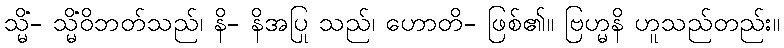
သ္မိံ- သ္မိံဝိဘတ်သည်၊ နိ- နိအပြု သည်၊ ဟောတိ- ဖြစ်၏။ ဗြဟ္မနိ ဟူသည်တည်း။